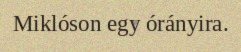
Miklóson egy órányira.